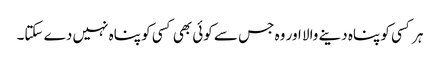
ہر کسی کو پناہ دینے والا اور وہ جس سے کوئی بھی کسی کو پناہ نہیں دے سکتا۔